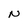
Character: N